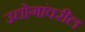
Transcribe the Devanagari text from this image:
उद्योगांवरील